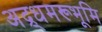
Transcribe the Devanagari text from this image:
अद्र्धमरूभूमि